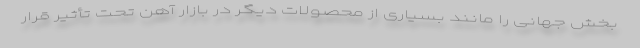
بخش جهانی را مانند بسیاری از محصولات دیگر در بازار آهن تحت تأثیر قرار